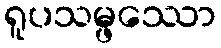
ရူပသမ္ဖဿော